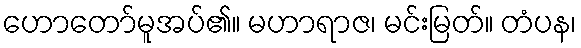
ဟောတော်မူအပ်၏။ မဟာရာဇ၊ မင်းမြတ်။ တံပန၊